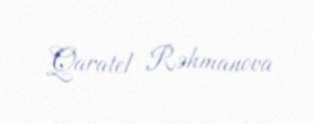
Qaratel Rəhmanova